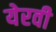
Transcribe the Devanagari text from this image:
येरवी